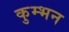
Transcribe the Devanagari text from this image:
कुम्भन